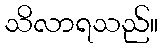
သိလာရသည်။